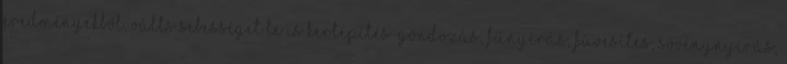
eredményekből, válts sebességet Te is Kertépítés-gondozás, fűnyírás, füvesítés, sövénynyírás,